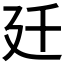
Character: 𢌙